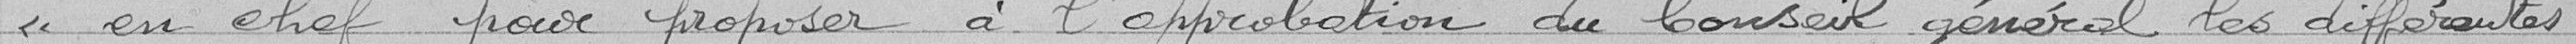
« en chef pour proposer à l'approbation du Conseil général les différentes